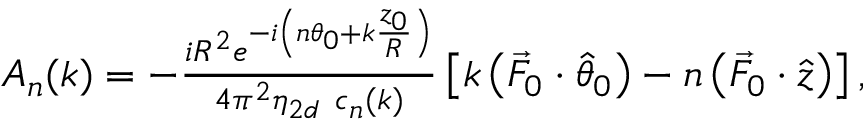
\begin{array} { r } { A _ { n } ( k ) = - \frac { i R ^ { 2 } e ^ { - i \left( n \theta _ { 0 } + k \frac { z _ { 0 } } { R } \right) } } { 4 \pi ^ { 2 } \eta _ { 2 d } ~ c _ { n } ( k ) } \left[ k \left( \vec { F } _ { 0 } \cdot \hat { \theta } _ { 0 } \right) - n \left( \vec { F } _ { 0 } \cdot \hat { z } \right) \right] , } \end{array}